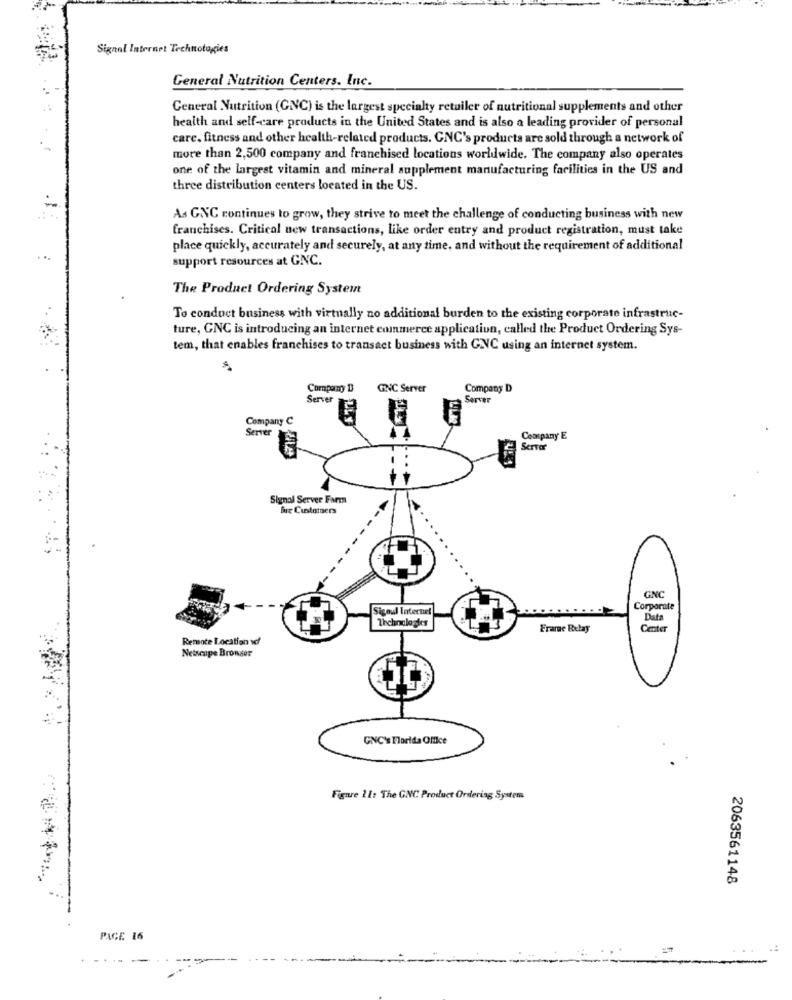
Signal Internet Technologies
General Nutrition Centers. Inc.
General Nutrition (GNC) is the largest specialty retailer of nutritional supplements and other
health and self-care products in the United States and is also a leading provider of personal
care. fitness and other health-related products. GNC's products are sold through a network of
more than 2,500 company and franchised locations worldwide. The company also operates
one of the largest vitamin and mineral supplement manufacturing facilities in the US and
three distribution centers located in the US.
As GNC continues to grow, they strive to meet the challenge of conducting business with new
franchises. Critical new transactions, like order entry and product registration, must take
place quickly, accurately and securely, at any time, and without the requirement of additional
support resources at GNC.
The Product Ordering System
To conduct business with virtually no additional burden to the existing corporate infrastruc-
ture, GNC is introducing an internet commerce application, called the Product Ordering Sys-
tem, that enables franchises to transact business with CNC using an internet system.
Company D
GINC Server
Company D
Server
Farver
Company C
ULK
Server
Company E
Server
Simnal Server Farm
fur Customers
---
GNC
Sigoul Internet
Corporate
Technologies
Data
Frame Relay
Center
Remote Location vof
Netscape Browser
GNC's Florida Office
Figure 11: The GNC Product Ordering System
2063561148
PAGE 16